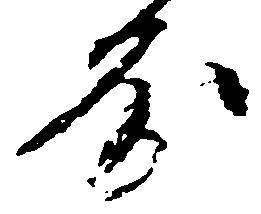
房